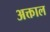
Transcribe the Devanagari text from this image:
अक्ताल